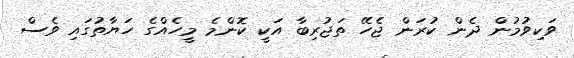
ވަކިވުމުން ދެން ކުރަން ޖެހޭ ތަޖުރިބާ އަކީ ކޮންމެ މީހެއްގެ ހަޔާތުގައި ވެސް